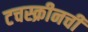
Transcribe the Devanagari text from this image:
टचस्क्रीनची